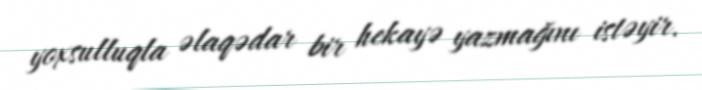
yoxsulluqla əlaqədar bir hekayə yazmağını istəyir.